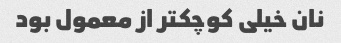
نان خیلی کوچکتر از معمول بود